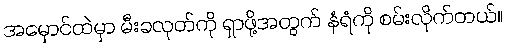
အမှောင်ထဲမှာ မီးခလုတ်ကို ရှာဖို့အတွက် နံရံကို စမ်းလိုက်တယ်။